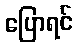
ပြောရင်